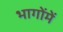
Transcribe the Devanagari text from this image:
भागोंमें